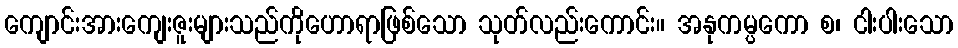
ကျောင်းအားကျေးဇူးများသည်ကိုဟောရာဖြစ်သော သုတ်လည်းကောင်း။ အနုကမ္ပကော စ၊ ငါးပါးသော